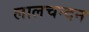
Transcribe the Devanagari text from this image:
लालचन्दन